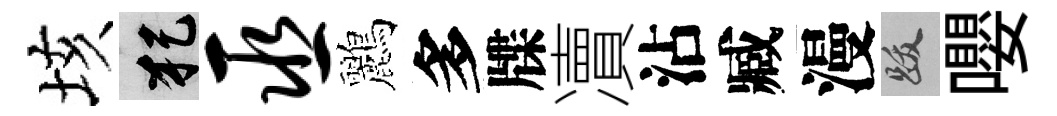
垓犯巫鸝多牒凟沾臧漫跋嚶